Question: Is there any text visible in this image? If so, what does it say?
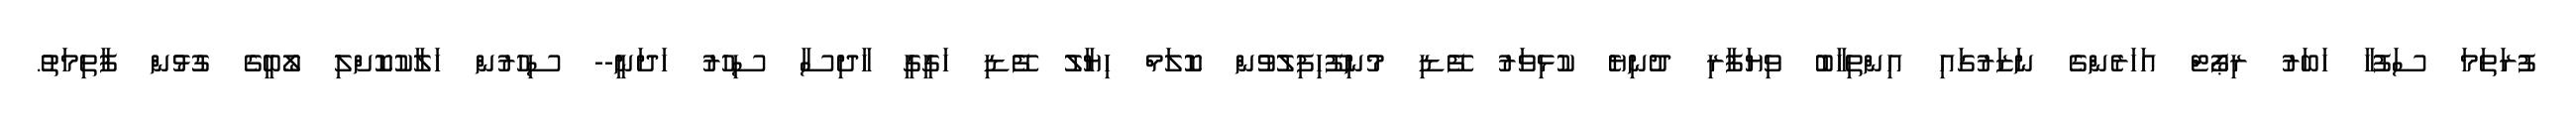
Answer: ފުރަތަމަ ސަފުހާ ހަބަރު ރިޕޯޓް އަހަރެންގެ ނަޒަރުގައި އިންތިހާބު ވިޔަފާރި ދުނިޔެ ކުޅިވަރު ފޭޑި މުނިފޫހިފިލުވުން ކޮލަމް ހިޔާލު ފޭޑި ހަގީގީ ހާދިސާ ސިހުރު ހަދަނީ-- ސިހުރުން ހަލާކުކޮށްލި ލޯބީގެ ގުޅުން ފާތިމަތު.